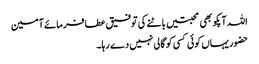
اللہ آپکو بھی محبتیں باٹنے کی توفیق عطافرمائے آمین
حضور یہاں کوئی کسی کو گالی نہیں دے رہا۔